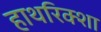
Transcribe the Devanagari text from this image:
हाथरिक्शा